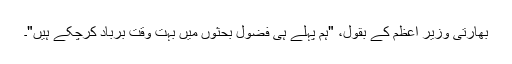
بھارتی وزیرِ اعظم کے بقول، "ہم پہلے ہی فضول بحثوں میں بہت وقت برباد کرچکے ہیں"۔